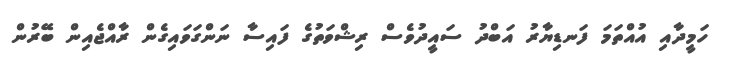
ހަމީދާއި އުއްތަމަ ފަނޑިޔާރު އަބްދު ސައީދުވެސް ރިޝްވަތުގެ ފައިސާ ނަންގަވައިގެން ރާއްޖެއިން ބޭރުން